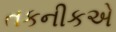
તકનીકએ